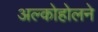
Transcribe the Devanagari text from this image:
अल्कोहोलने